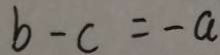
b - c = - a